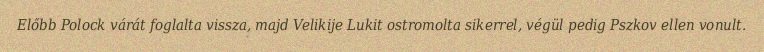
Előbb Polock várát foglalta vissza, majd Velikije Lukit ostromolta sikerrel, végül pedig Pszkov ellen vonult.